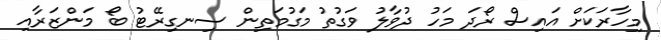
މިހާރަކަށް އައިސް ރޯދަ މަހު ދުވާލު ވަގުތު މަގުމަތިން ސިނގިރޭޓު ބޯ މަންޒަރާއި